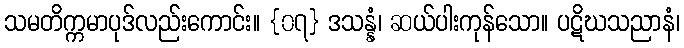
သမတိက္ကမာပုဒ်လည်းကောင်း။ {၀၇} ဒသန္နံ၊ ဆယ်ပါးကုန်သော။ ပဋိဃသညာနံ၊